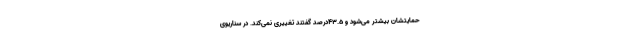
حمایتشان بیشتر می‌شود و ۴۳.۵درصد گفتند تغییری نمی‌کند. در سناریوی